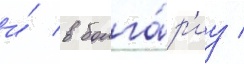
и́ в болга́р'иу /